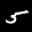
Label: 5